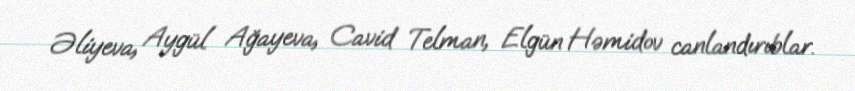
Əliyeva, Aygül Ağayeva, Cavid Telman, Elgün Həmidov canlandırıblar.